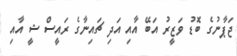
ޖަޕާނުގެ ބޮޑު ވަޒީރު އަބޭ އާއި އަދި ޗައިނާގެ ރައީސް ޝީ އާއި